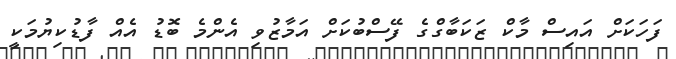
ފަހަކަށް އައިސް މާކް ޒަކަބާގްގެ ފޭސްބުކަށް އަމާޒުވި އެންމެ ބޮޑު އެއް ފާޑުކިޔުމަކީ